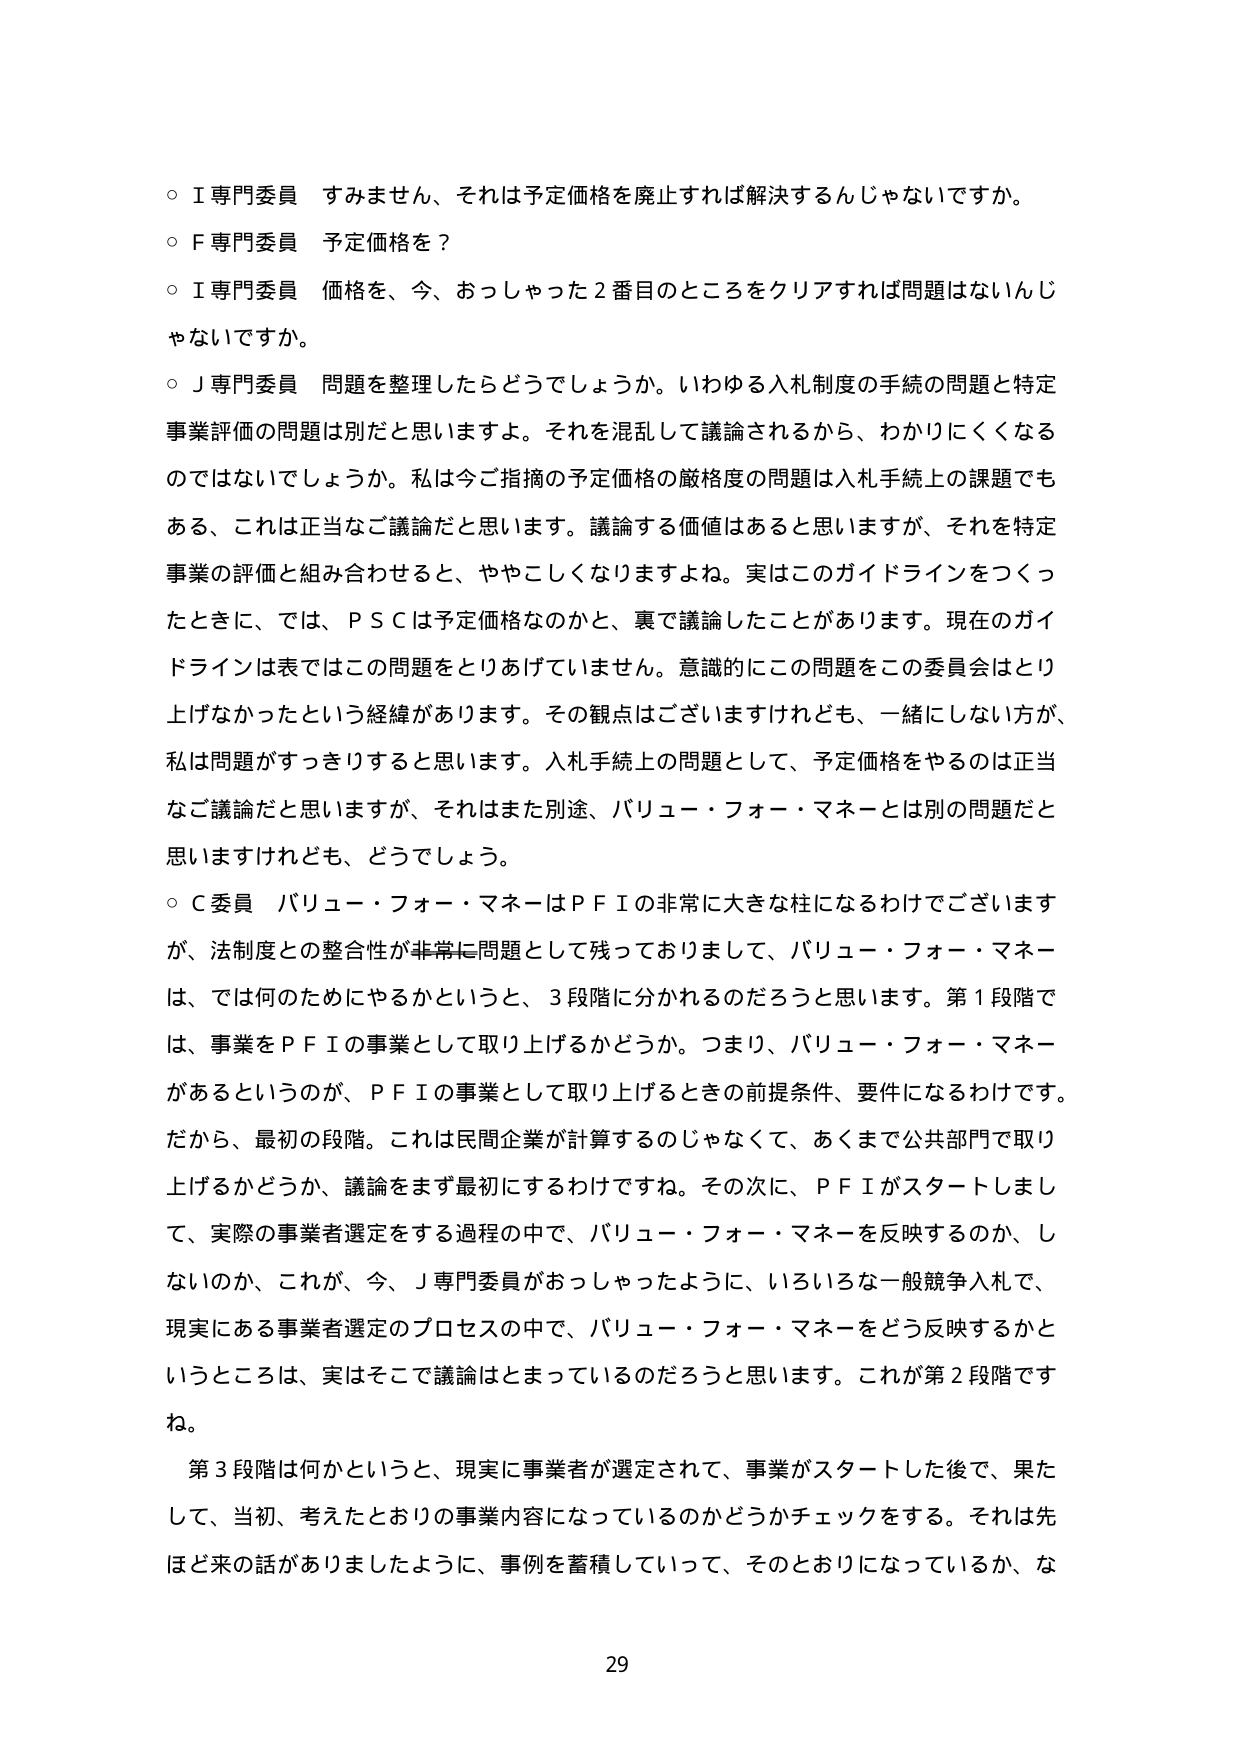
○ I専門委員 すみません、それは予定価格を廃止すれば解決するんじゃないですか。
○ F専門委員 予定価格を？
○ I専門委員 価格を、今、おっしゃった2番目のところをクリアすれば問題はないんじゃないですか。
○ J専門委員 問題を整理したらどうでしょうか。いわゆる入札制度の手続の問題と特定事業評価の問題は別だと思いますよ。それを混乱して議論されるから、わかりにくくなるのではないでしょうか。私は今ご指摘の予定価格の厳格度の問題は入札手続上の課題でもある、これは正当なご議論だと思います。議論する価値はあると思いますが、それを特定事業の評価と組み合わせると、ややこしくなりますよね。実はこのガイドラインをつくったときに、では、ＰＳＣは予定価格なのかと、裏で議論したことがあります。現在のガイドラインは表ではこの問題をとりあげていません。意識的にこの問題をこの委員会はとり上げなかったという経緯があります。その観点はございますけれども、一緒にしない方が、私は問題がすっきりすると思います。入札手続上の問題として、予定価格をやるのは正当なご議論だと思いますが、それはまた別途、バリュー・フォー・マネーとは別の問題だと思いますけれども、どうでしょう。
○ C委員 バリュー・フォー・マネーはＰＦＩの非常に大きな柱になるわけでございますが、法制度との整合性が非常に問題として残っておりまして、バリュー・フォー・マネーは、では何のためにやるかというと、3段階に分かれるのだろうと思います。第1段階では、事業をＰＦＩの事業として取り上げるかどうか。つまり、バリュー・フォー・マネーがあるというのが、ＰＦＩの事業として取り上げるときの前提条件、要件になるわけです。だから、最初の段階。これは民間企業が計算するのじゃなくて、あくまで公共部門で取り上げるかどうか、議論をまず最初にするわけですね。その次に、ＰＦＩがスタートしまして、実際の事業者選定をする過程の中で、バリュー・フォー・マネーを反映するのか、しないのか、これが、今、Ｊ専門委員がおっしゃったように、いろいろな一般競争入札で、現実にある事業者選定のプロセスの中で、バリュー・フォー・マネーをどう反映するかというところは、実はそこで議論はとまっているのだろうと思います。これが第2段階ですね。
第3段階は何かというと、現実に事業者が選定されて、事業がスタートした後で、果たして、当初、考えたとおりの事業内容になっているのかどうかチェックをする。それは先ほど来の話がありましたように、事例を蓄積していって、そのとおりになっているか、な

29